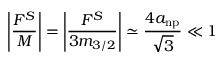
\left| \frac { F ^ { S } } { M } \right| = \left| \frac { F ^ { S } } { 3 m _ { 3 / 2 } } \right| \simeq \frac { 4 a _ { \mathrm { n p } } } { \sqrt { 3 } } \ll 1